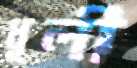
ধূলী